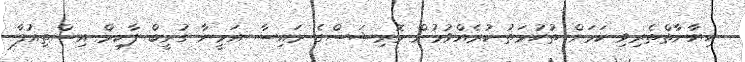
ހިޔާނާތްތެރިވި ކަމަށް ތުހުމަތު ކުރެއްވުމުން މޮރިޝަސްގެ ރައިސާ އަމީނާ ގުރީބް ފާކިމް އިސްތިއުފާ